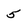
Character: 5